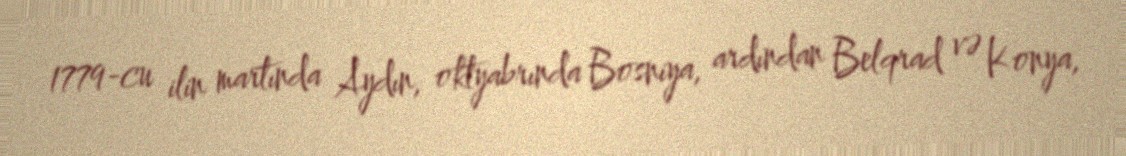
1779-cu ilin martında Aydın, oktyabrında Bosniya, ardından Belqrad və Konya,